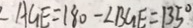
\angle A G E = 1 8 0 - \angle B G E = 1 3 5 ^ { \circ }